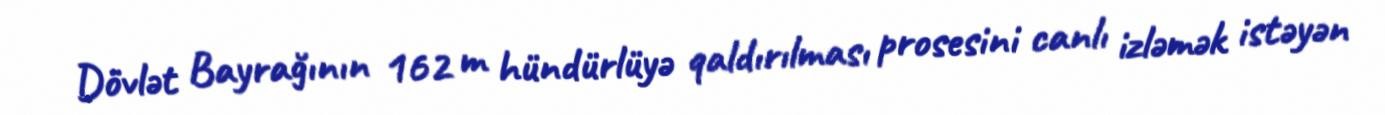
Dövlət Bayrağının 162 m hündürlüyə qaldırılması prosesini canlı izləmək istəyən